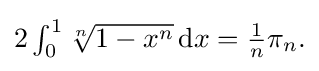
{\textstyle 2\int _{0}^{1}{\sqrt[{n}]{1-x^{n}}}\mathop {\mathrm {d} x} ={\tfrac {1}{n}}\pi _{n}.}